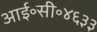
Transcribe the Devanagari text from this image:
आई॰सी॰४६३३